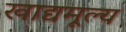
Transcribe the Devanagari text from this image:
खाद्यमूल्य